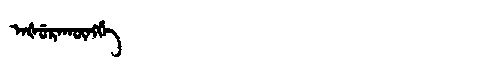
Manchu: ᠠᡧᡠᡵᠠᡴᡡᠩᡤᡝ
Romanization: AŠURAKŪNGGE